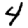
Digit: 4